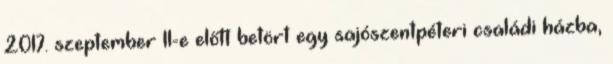
2017. szeptember 11-e előtt betört egy sajószentpéteri családi házba,